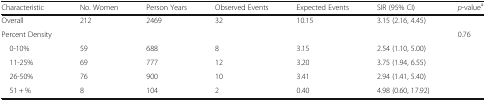
| Characteristic | No. Women | Person Years | Observed Events | Expected Events | SIR (95% CI) | p-valuea |
 | --- | --- | --- | --- | --- | --- | --- |
 | Overall | 212 | 2469 | 32 | 10.15 | 3.15 (2.16, 4.45) |  |
 | Percent Density |  |  |  |  |  | 0.76 |
 | 0-10% | 59 | 688 | 8 | 3.15 | 2.54 (1.10, 5.00) |  |
 | 11-25% | 69 | 777 | 12 | 3.20 | 3.75 (1.94, 6.55) |  |
 | 26-50% | 76 | 900 | 10 | 3.41 | 2.94 (1.41, 5.40) |  |
 | 51 + % | 8 | 104 | 2 | 0.40 | 4.98 (0.60, 17.92) |  |